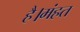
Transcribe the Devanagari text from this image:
है।मंहत